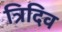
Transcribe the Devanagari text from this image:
त्रिदिव